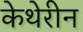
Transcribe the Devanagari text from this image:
केथेरीन